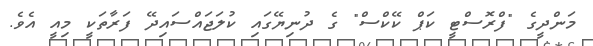
މަންދީގެ "ފްރޮސްޓީ ކަޕް ކޭކްސް" ގެ ދުނިޔޭގައި ކުލަޖައްސައިދޭ ފަރާތަކީ މިއީ އެވެ.